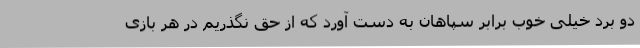
دو برد خیلی خوب برابر سپاهان به دست آورد که از حق نگذریم در هر بازی